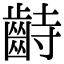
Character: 𪗺